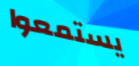
يستمعوا